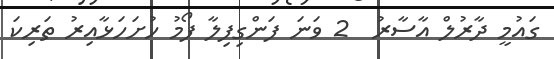
ގައުމީ ދާރުލް އާސާރު  2 ވަނަ ފަންގިފިލާ ފޯމު ހުށަހަޅާއިރު ތަރިކަ